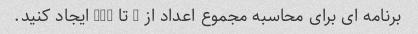
برنامه ای برای محاسبه مجموع اعداد از 1 تا 100 ایجاد کنید.